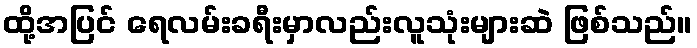
ထို့အပြင် ရေလမ်းခရီးမှာလည်းလူသုံးများဆဲ ဖြစ်သည်။